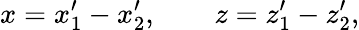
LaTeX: x=x_{1}^{\prime}-x_{2}^{\prime},\qquad z=z_{1}^{\prime}-z_{2}^{\prime},